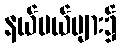
နယ်ပယ်များ၌